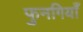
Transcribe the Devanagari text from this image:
फुनगियाँ